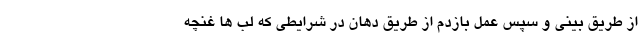
از طریق بینی و سپس عمل بازدم از طریق دهان در شرایطی که لب ها غنچه